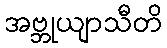
အဗ္ဘုယျာသီတိ